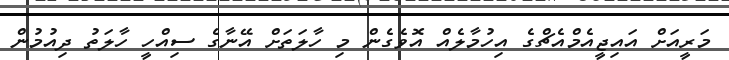
މަރީއަށް އައިޖީއެމްއެޗްގެ އިހުމާލެއް އޮވެގެން މި ހާލަތަށް އޭނާގެ ސިއްހީ ހާލަތު ދިއުމުން